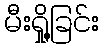
မီးရှို့ခြင်း